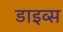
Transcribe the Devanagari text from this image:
डाइव्स